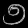
Digit: ၅